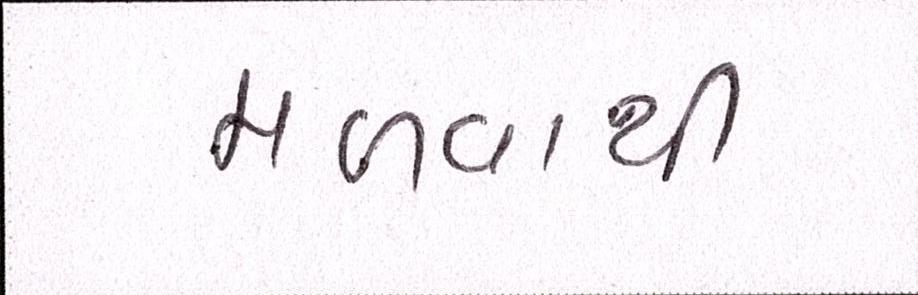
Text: મળવાથી